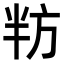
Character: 𭁌